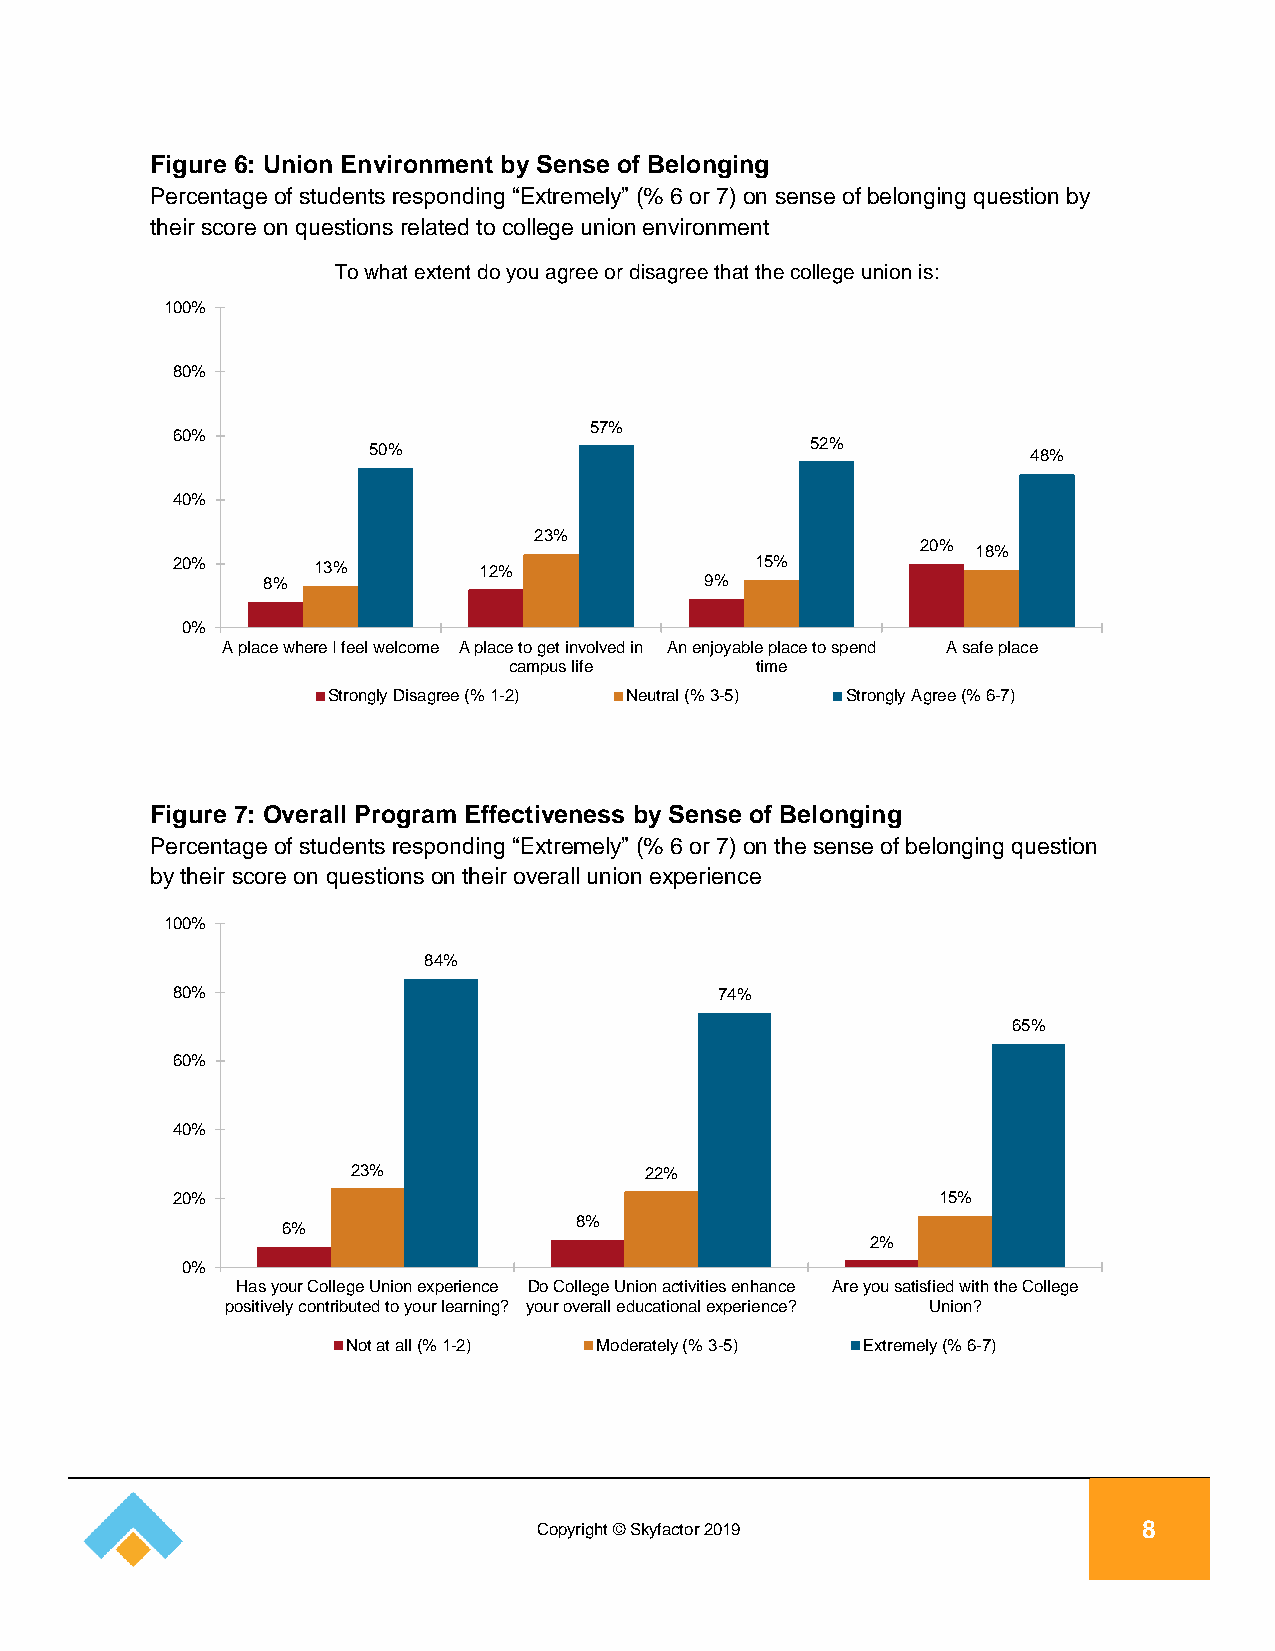
Figure 6: Union Environment by Sense of Belonging
 Percentage of students responding “Extremely” (% 6 or 7) on sense of belonging question by
 their score on questions related to college union environment
 To what extent do you agree or disagree that the college union is:
 100%
 80%
 57%
 60%
 52%
 50%
 48%
 40%
 23%
 20%
 18%
 20%       13%        12%               15%
 8%                            9%
 0%
 A place where I feel welcome A place to get involved in An enjoyable place to spend A safe place
 campus life     time
 Strongly Disagree (% 1-2) Neutral (% 3-5) Strongly Agree (% 6-7)
 Figure 7: Overall Program Effectiveness by Sense of Belonging
 Percentage of students responding “Extremely” (% 6 or 7) on the sense of belonging question
 by their score on questions on their overall union experience
 100%
 84%
 80%                                  74%
 65%
 60%
 40%
 23%                 22%
 20%                                                15%
 8%
 6%
 2%
 0%
 Has your College Union experience Do College Union activities enhance Are you satisfied with the College
 positively contributed to your learning? your overall educational experience? Union?
 Not at all (% 1-2) Moderately (% 3-5) Extremely (% 6-7)
 Copyright © Skyfactor 2019              8